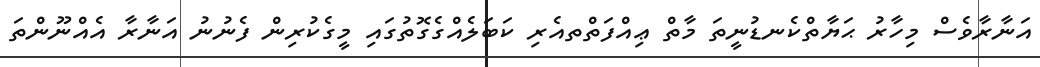
އަނާރާވެސް މިހާރު ޙަޔާތްކެނޑުނީތަ މާތް ޢިއްފަތްތއެރި ކަބަލެއްގެގޮތުގައި މީގެކުރިން ފެނުނު އަނާރާ އެއްނޫންތަ